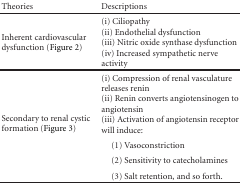
<table><thead><tr><td><b>Theories</b></td><td><b>Descriptions</b></td></tr></thead><tbody><tr><td>Inherent cardiovascular dysfunction (Figure 2)</td><td>(i) Ciliopathy (ii) Endothelial dysfunction (iii) Nitric oxide synthase dysfunction (iv) Increased sympathetic nerve activity</td></tr><tr><td rowspan="4">Secondary to renal cystic formation (Figure 3)</td><td>(i) Compression of renal vasculature releases renin(ii) Renin converts angiotensinogen to angiotensin(iii) Activation of angiotensin receptor will induce:</td></tr><tr><td> (1) Vasoconstriction</td></tr><tr><td> (2) Sensitivity to catecholamines</td></tr><tr><td> (3) Salt retention, and so forth.</td></tr></tbody></table>